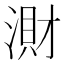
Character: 𣺠